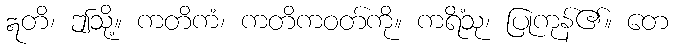
ဣတိ၊ ဤသို့။ ကတိကံ၊ ကတိကဝတ်ကို။ ကရိံသု၊ ပြုကုန်၏။ တေ